Plague in India, 1896, 1897 - Volume 3
Year: 1896
Disease focus: Plague
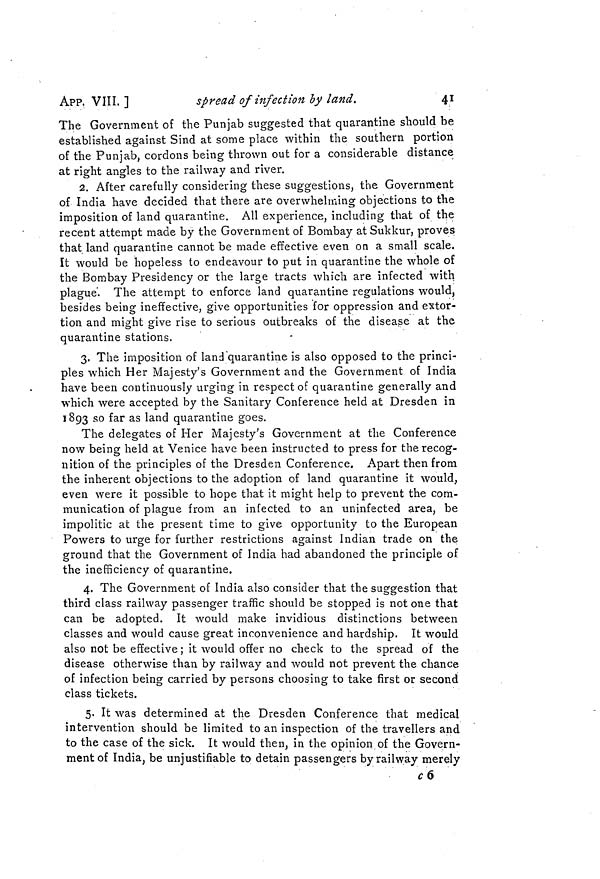
APP. VIII. ]
spread of infection by land.
41
The Government of the Punjab suggested that quarantine should be
established against Sind at some place within the southern portion
of the Punjab, cordons being thrown out for a considerable distance
at right angles to the railway and river.
2. After carefully considering these suggestions, the Government
of India have decided that there are overwhelming objections to the
imposition of land quarantine. All experience, including that of the
recent attempt made by the Government of Bombay at Sukkur, proves
that land quarantine cannot be made effective even on a small scale,
it would be hopeless to endeavour to put in quarantine the whole of
the Bombay Presidency or the large tracts which are infected with
plague. The attempt to enforce land quarantine regulations would,
besides being ineffective, give opportunities for oppression and extor-
tion and might give rise to serious outbreaks of the disease at the
quarantine stations.
3. The imposition of land quarantine is also opposed to the princi-
ples which Her Majesty's Government and the Government of India
have been continuously urging in respect of quarantine generally and
which were accepted by the Sanitary Conference held at Dresden in
1893 so far as land quarantine goes.
The delegates of Her Majesty's Government at the Conference
now being held at Venice have been instructed to press for the recog-
nition of the principles of the Dresden Conference. Apart then from
the inherent objections to the adoption of land quarantine it would,
even were it possible to hope that it might help to prevent the com-
munication of plague from an infected to an uninfected area, be
impolitic at the present time to give opportunity to the European
Powers to urge for further restrictions against Indian trade on the
ground that the Government of India had abandoned the principle of
the inefficiency of quarantine.
4. The Government of India also consider that the suggestion that
third class railway passenger traffic should be stopped is not one that
can be adopted. It would make invidious distinctions between
classes and would cause great inconvenience and hardship. It would
also not be effective ; it would offer no check to the spread of the
disease otherwise than by railway and would not prevent the chance
of infection being carried by persons choosing to take first or second
class tickets.
5. It was determined at the Dresden Conference that medical
intervention should be limited to an inspection of the travellers and
to the case of the sick. It would then, in the opinion of the Govern-
ment of India, be unjustifiable to detain passengers by railway merely
c6